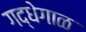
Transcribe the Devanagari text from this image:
गद्धेगाळ